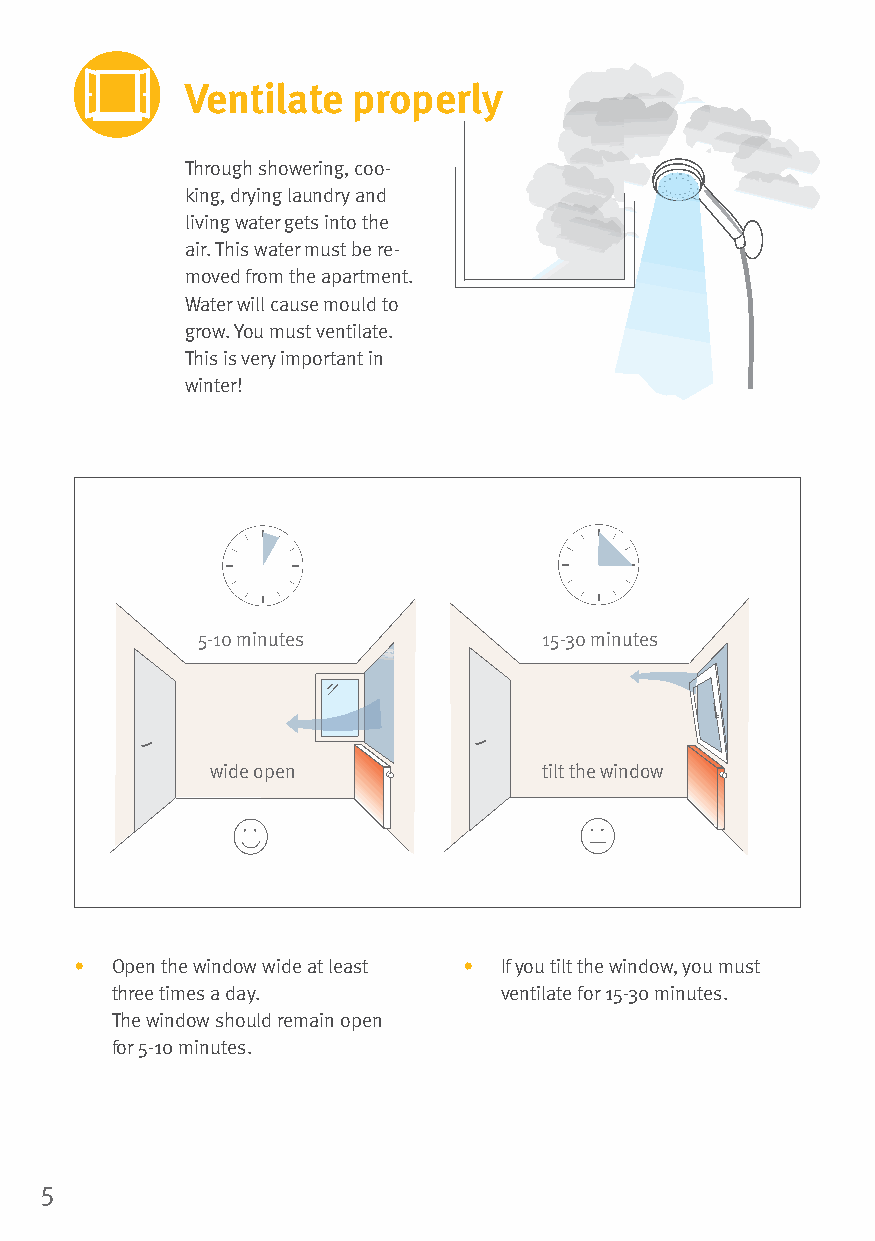
Ventilate  properly
 Through showering, coo-
 king, drying laundry and
 living water gets into the
 air. This water must be re-
 moved from the apartment.
 Water will cause mould to
 grow. You must ventilate.
 This is very important in
 winter!
 5-10 minutes           15-30 minutes
 ccaa.. 55--1100
 ccaa.. 1155
 MMiinnuutteenn
 MMiinnuutteenn
 wide open             tilt the window
 • Open the window wide at least • If you tilt the window, you must
 three times a day.        ventilate for 15-30 minutes.
 The window should remain open
 for 5-10 minutes.
 5